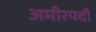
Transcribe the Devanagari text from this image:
अमीरपदी